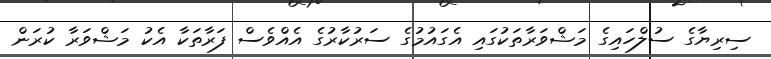
ސިރިޔާގެ ސުލްހައިގެ މަޝްވަރާތަކުގައި އެގައުމުގެ ސަރުކާރުގެ އެއްވެސް ފަރާތަކާ އެކު މަޝްވަރާ ކުރަން